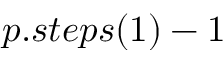
p . s t e p s ( 1 ) - 1